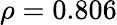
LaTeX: \rho=0.806